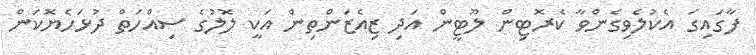
ފާގައިގަ އެކުލެވިގެންވާ ކެރޮޓިން ލޫޓީން އަދި ޒިއެޒަންތިން އަކީ ލޮލުގެ ސިއްހަތް ދުޅަހެޔޮކަން